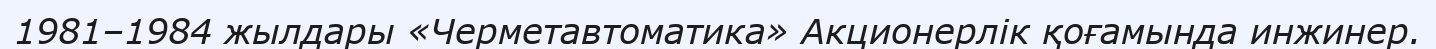
1981–1984 жылдары «Черметавтоматика» Акционерлік қоғамында инжинер.